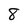
Character: 8